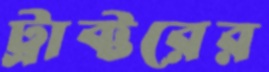
ট্রাক্টরের